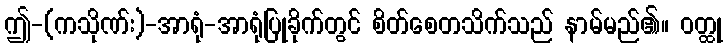
ဤ-(ကသိုဏ်း)-အာရုံ-အာရုံပြုခိုက်တွင် စိတ်စေတသိက်သည် နာမ်မည်၏။ ဝတ္ထု